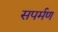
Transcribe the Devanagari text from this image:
सपर्मण